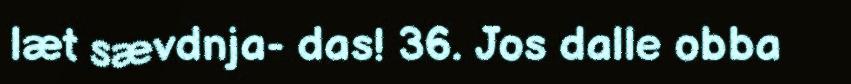
læt sævdnja- das! 36. Jos dalle obba